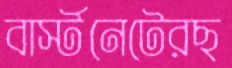
বার্স্টনেটেরছ